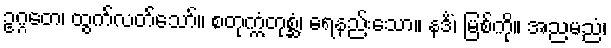
ဥဂ္ဂတေ၊ ထွက်လတ်သော်။ စတုက္ကံတုစ္ဆံ၊ ရေနည်းသော။ နဒိံ၊ မြစ်ကို။ အညမညံ၊